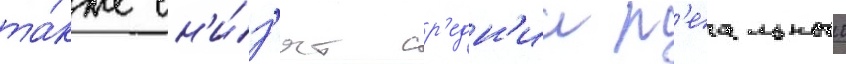
та́кже сн'и́з'ят ср'едн'ии р'еальныи